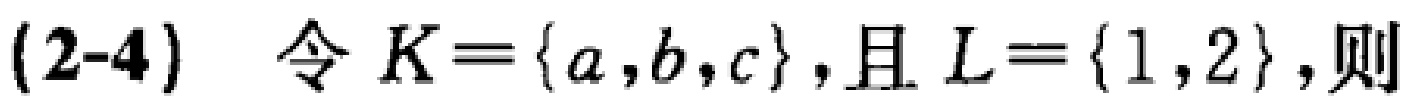
(2-4) 令 \(K = \{a,b,c\}\)，且 \(L = \{1,2\}\)，则